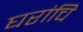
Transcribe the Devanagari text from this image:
घरांचि